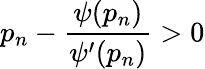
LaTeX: p_{n}-\frac{\psi(p_{n})}{\psi^{\prime}(p_{n})}>0